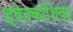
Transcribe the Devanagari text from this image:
श्वेतकोशिका